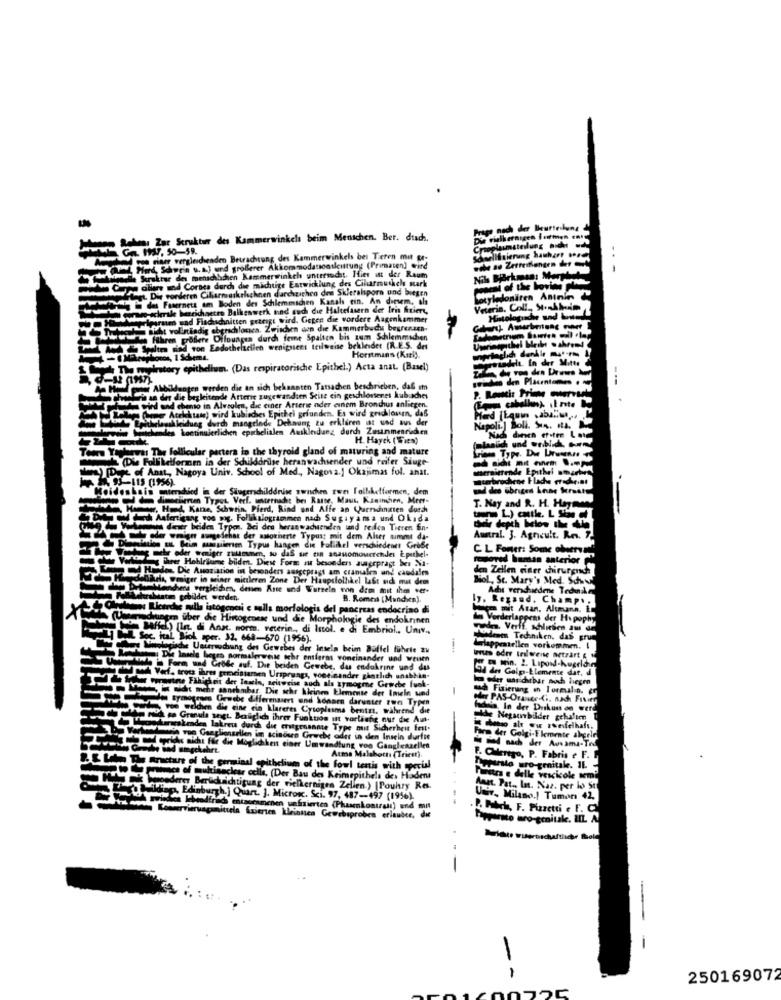
Frage nach der Beurteil
Rehm, Zar Struktur des Kammerwinkels beim Menschen. Ber. dtach.
Die vielkernigen formen
Ga. 197, 50-59.
..
og niaer vergleichenden Betrachtung des Kammerwinkels bes Teren mit ge-
a Hed, Schwein u. A.) und grollerer Akkommodationskultung (Primaten) wird
Struktur des meschach
cliare und Cornes durch die richtige Entwicklung des Ciluarmuskels stark
menschbchen Kammerwinkel untersudat. Hier ist der Raum
gt. Die vorderen Cilarmuskelschnen darchzichen des Skleralsporn und biegen
det Fasernetz am Boden des Schlemeschen Kanals ein. An diesem, als
otyledonären A
scherile
Balkenwerk und auch die Haltefasern der Iris friere,
Veterin. Coll ., S.
ten und Flachschnitten gezeigt wird. Gegen die vordere Augenkammer
walls sidt vollständig
prachlonca. Zwischen con die Kammerbudu begrenzen-
www Haren profere Difoungea durch feme Spalten bis zum Shilemmachen
pon Endothelacilen wenigstens teilweise bekleder (R.E.S. des
Horstmans (Karl).
Howtadelt. In der Mitte
tory epithelium. (Das respiratorische Epithel.) Acta anat. (Basel)
19574
graden den Placenta ... .
AMeldungen werden die an sich bekannten Tatsachen beschrieben, daß im
sind und ebenso in Alveolen, die einer Arterie nder cinem Bronchus anliegen.
an der die begleitende Arterie zugewandten Seite ein geschlossenet kubuches
por Atelektas) wird kubisches Epithel gefunden. Es wird grichloven, daß
clauskleidung durch mangelnde Dehnung zu erklären ist und aus der
les kontinuierlichen epshelialen Auskleidung durch Zusammenrieden
Napoli.] Boli. Sis. A.
H. Hayek (Wien)
Nach dinen erstre Lot
follicular partera in the thyroid gland of maturing and mature
Letformen in der Schildorilse heran wachsender und reifer Siuge-
Anat, Nagoya Univ. School of Med ., Nagora.] Okajimas fol. anat.
traittende Epithel smartes
95-115 (1956).
chene Flache
(oideshain entershied in der Siugerschilddnise zwischen zwei fallketformen, dem
sad des übriges Anne Seraity.
d' dieciieren Typot Verf. wencernache bei Rante, Maus, Kaninchen, Mert-
T. Nay and R. H. Hayaw
T. N
Hamer, Hund, Kane, Schwein, Pferd, Rind und Affe an Querdinaten durch
oud did Anfertigung vos pog. Follikslogrammen nach Sugiyama und Okida
at dieser beiden Typen, Bei den heranwaduenden und reifes Tieren fin-
de voir aungefthat der aalotherte Typusz mit dem Alter summe da-
Austral. 3. Agricult. R
Siatlon It Beim massieren Typus hangen die Follikel verschiedenet Grife
C. L Fener: Some observa
C L Fomer: Some ole
sehr oder smiger zumne, su dis se ein anauomowerchdes Epithel-
removed human anterior
are Hohlräume bildm. Diese Form In besonders auserpragt bes Na-
des. Die Assoziation in besonders ausgepragt am granules und cand
den Zellen einer chirurgnds
Dels, omiger in winer mittleren Zone Der Hauptfollikel Last sich mit dem
's Med. Sch
Detwekendens vergleichen, desen Aste und Wurzeln en dam mit ihm ver-
Adyt verschiedene Tedwake
Vhrstaten gebildet werden
B. Romes (Munchen).
y. Regand. Champi.
mails morte
amit Atan. Altmana, Ir
(Umanadrungen über die Hinogenese und die Morphologie des endokrinen
...
Verderlappens der Hypophy
Mfid) [In. di Anst. norm. veterin, di Istol. e di Embriol ., Univ .,
rudna. Verff, schlesien aus de
BL. Soc. ital Biol sper. 32, 668-670 (1956).
dem Tedanken, das grus
me Wologische Untersuchung des Gewebes der Insela beim Duffel führte zu
lappestellen vorkommen. I
Die Insele heges normalerweise ochr entferms voneinander und weum
bus oder teilweise netzart &
do Form und Grode auf. Die beiden Gewebe, das endokrine und das
91 de Galpa-Elemente dat. d
pad Vef. tross hrn proristamen Ursprungs, voneinander gintlich unabhis-
im eder uns dirbar noch liegen
Gar Porowtre Fähigkeit der Ingsin, seitweise auch als zymogme Gruche fusk-
isit mehr sanchobar, Die schr kleine Elemente der Imele und
tach Fizierung in Tormalin.
oder PAS-Oranice-Ci, nad Fisier
die eine cin Llareres Cytoplasma bentri, während die
Gewebe Affermaiert und sonoen darunter ron Typen
fadnin, In der Duskuss on were
mid mo Granula sigt Beiglich ihrer Funktion ut vorläufig nur die Aus.
uche Neganbilder gehalten
Wodararakenden laktreu durch die erstgenannte Type mit Sicherheit fett.
i met alt eu zweifelhaft.
vue Ganglionsellen im scinowen Grwche oder in den Inseln durfte
Form der Golgi-Elemente abgele
erik nicht für die Moglichkent einer Umwandlung roo Gangleszelles
Grethe und umgekehrt.
Arma Malakott (Triest).
F. Oferego, P. Fabris e F. L
The fracture of the germinal epithelium of the fowl tertis with special
Apparato uro-genitale. IL -
far cclla, (Der Bau des Keimepithels des Haden
Putra e delle vescicole sem
Moederer Berlichsichtigung der richkernigen Zellen.) [Pouhry Res.
Amet. Pat .. In. Naz. per los St
Buildings, Edinburgh.] Quart. J. Micros. Sci. 97, 487-497 (1956).
Uwv, Milano.) Tumon 42,
smittela fuierten kleinsten Gew
When unfizierten (Plusenkontrast) und mus
.P. Patch, F. Pizzetti e F.
Porparte ero-genitale. LIL A
--
-
--
250169072